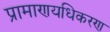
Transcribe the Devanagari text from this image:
प्रामाणयधिकरण